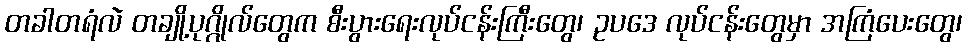
တခါတရံလဲ တချို့ပုဂ္ဂိုလ်တွေက စီးပွားရေးလုပ်ငန်းကြီးတွေ၊ ဥပဒေ လုပ်ငန်းတွေမှာ အကြံပေးတွေ၊